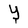
Character: Y